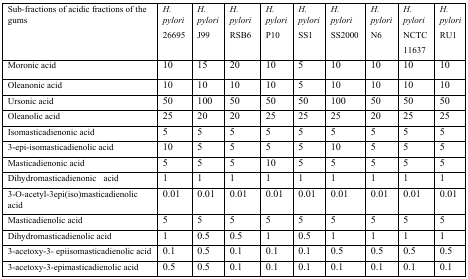
<table><thead><tr><td><b>Sub-fractions of acidic fractions of the gums</b></td><td><b><i>H. pylori</i> 26695</b></td><td><b><i>H. pylori</i> J99</b></td><td><b><i>H. pylori</i> RSB6</b></td><td><b><i>H. pylori</i> P10</b></td><td><b><i>H. pylori</i> SS1</b></td><td><b><i>H. pylori</i> SS2000</b></td><td><b><i>H. pylori</i> N6</b></td><td><b><i>H. pylori</i> NCTC 11637</b></td><td><b><i>H. pylori</i> RU1</b></td></tr></thead><tbody><tr><td>Moronic acid</td><td>10</td><td>15</td><td>20</td><td>10</td><td>5</td><td>10</td><td>10</td><td>10</td><td>10</td></tr><tr><td>Oleanonic acid</td><td>10</td><td>10</td><td>10</td><td>10</td><td>5</td><td>10</td><td>10</td><td>10</td><td>10</td></tr><tr><td>Ursonic acid</td><td>50</td><td>100</td><td>50</td><td>50</td><td>50</td><td>100</td><td>50</td><td>50</td><td>50</td></tr><tr><td>Oleanolic acid</td><td>25</td><td>20</td><td>20</td><td>25</td><td>25</td><td>25</td><td>20</td><td>25</td><td>25</td></tr><tr><td>Isomasticadienonic acid</td><td>5</td><td>5</td><td>5</td><td>5</td><td>5</td><td>5</td><td>5</td><td>5</td><td>5</td></tr><tr><td>3-epi-isomasticadienolic acid</td><td>10</td><td>5</td><td>5</td><td>5</td><td>5</td><td>10</td><td>5</td><td>5</td><td>5</td></tr><tr><td>Masticadienonic acid</td><td>5</td><td>5</td><td>5</td><td>10</td><td>5</td><td>5</td><td>5</td><td>5</td><td>5</td></tr><tr><td>Dihydromasticadienonic acid</td><td>1</td><td>1</td><td>1</td><td>1</td><td>1</td><td>1</td><td>1</td><td>1</td><td>1</td></tr><tr><td>3-O-acetyl-3epi(iso)masticadienolic acid</td><td>0.01</td><td>0.01</td><td>0.01</td><td>0.01</td><td>0.01</td><td>0.01</td><td>0.01</td><td>0.01</td><td>0.01</td></tr><tr><td>Masticadienolic acid</td><td>5</td><td>5</td><td>5</td><td>5</td><td>5</td><td>5</td><td>5</td><td>5</td><td>5</td></tr><tr><td>Dihydromasticadienolic acid</td><td>1</td><td>0.5</td><td>0.5</td><td>1</td><td>0.5</td><td>1</td><td>1</td><td>1</td><td>1</td></tr><tr><td>3-acetoxy-3-epiisomasticadienolic acid</td><td>0.1</td><td>0.5</td><td>0.1</td><td>0.1</td><td>0.1</td><td>0.5</td><td>0.5</td><td>0.5</td><td>0.5</td></tr><tr><td>3-acetoxy-3-epimasticadienolic acid</td><td>0.5</td><td>0.5</td><td>0.1</td><td>0.1</td><td>0.1</td><td>0.1</td><td>0.1</td><td>0.1</td><td>0.1</td></tr></tbody></table>